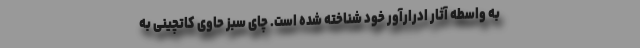
به واسطه آثار ادرارآور خود شناخته شده است. چای سبز حاوی کاتچینی به